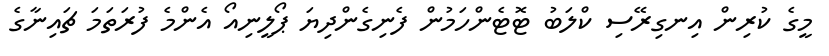
މީގެ ކުރިން އިނގިރޭސި ކްލަބު ޓޮޓެންހަމުން ފެނިގެންދިޔަ ޕޯލީނިއޯ އެންމެ ފުރަތަމަ ޗައިނާގެ